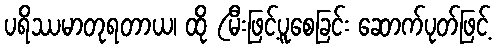
ပရိဿမာတုရတာယ၊ ထို (မီးဖြင့်ပူစေခြင်း ဆောက်ပုတ်ဖြင့်